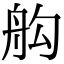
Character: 𦨛